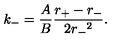
k _ { - } = \frac { A } { B } \frac { r _ { + } - r _ { - } } { 2 { r _ { - } } ^ { 2 } } .